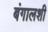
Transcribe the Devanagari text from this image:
बंगालशी